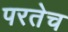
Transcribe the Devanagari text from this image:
परतेच